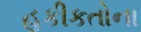
હકીકતોના